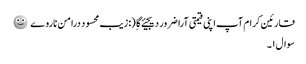
قارئین کرام آپ اپنی قیمتی آرا ضرور دیجیئے گا ِ (:زیب محسود درامن ناروے 🙂
سوال ۱۔